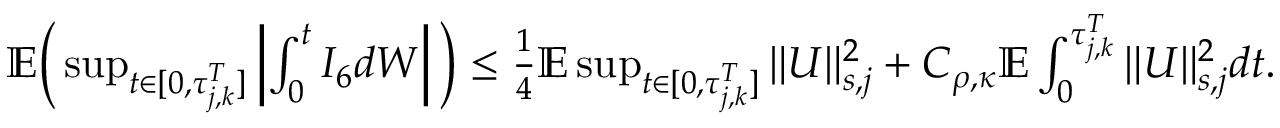
\begin{array} { r } { \mathbb E \Big ( \operatorname* { s u p } _ { t \in [ 0 , \tau _ { j , k } ^ { T } ] } \left| \int _ { 0 } ^ { t } I _ { 6 } d W \right| \Big ) \leq \frac 1 4 \mathbb E \operatorname* { s u p } _ { t \in [ 0 , \tau _ { j , k } ^ { T } ] } \| U \| _ { s , j } ^ { 2 } + C _ { \rho , \kappa } \mathbb E \int _ { 0 } ^ { \tau _ { j , k } ^ { T } } \| U \| _ { s , j } ^ { 2 } d t . } \end{array}